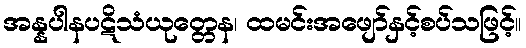
အန္နပါနပဋိသံယုတ္တေန၊ ထမင်းအဖျော်နှင့်စပ်သဖြင့်။